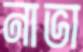
নাভা